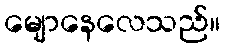
မျောနေလေသည်။